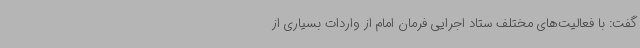
گفت: با فعالیت‌های مختلف ستاد اجرایی فرمان امام از واردات بسیاری از